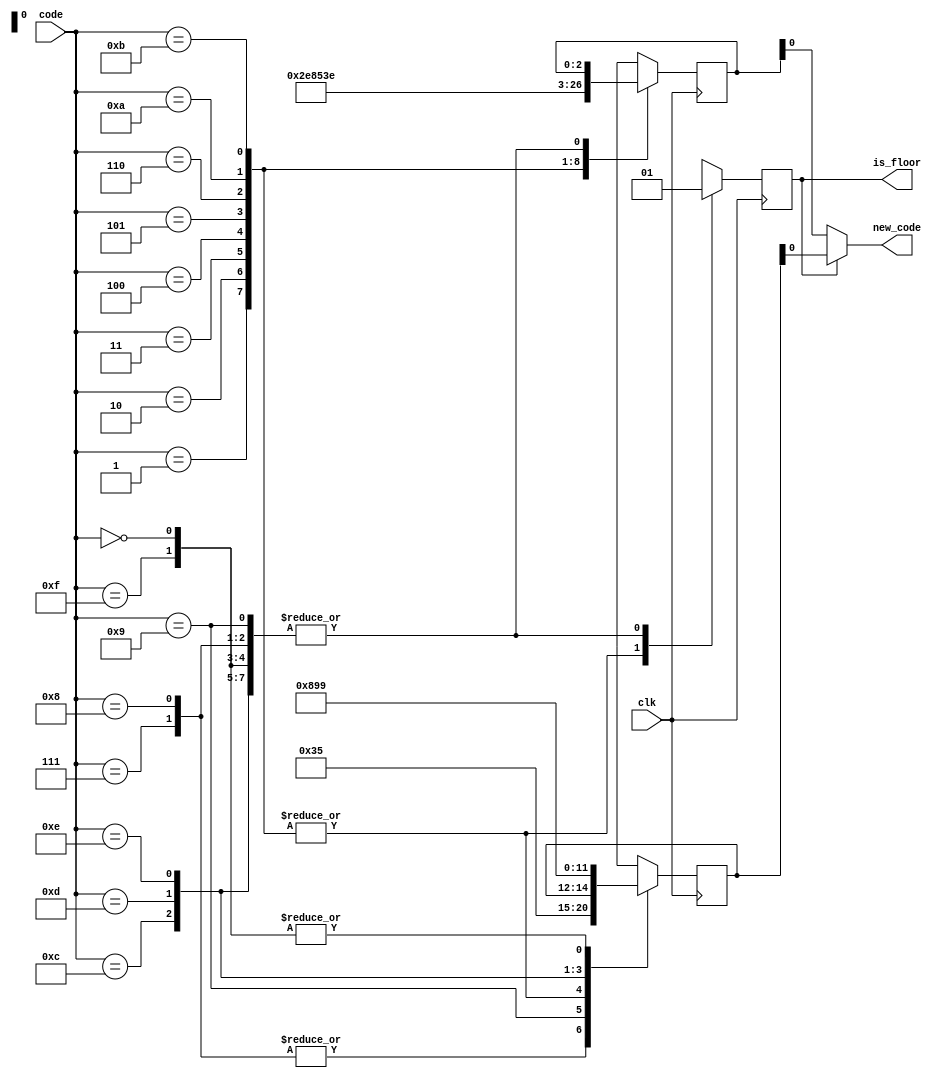
`timescale 1ns / 1ps
//////////////////////////////////////////////////////////////////////////////////
// Company: 
// Engineer: 
// 
// Design Name: 
// Module Name: code_translate
// Project Name: 
// Target Devices: 
// Tool Versions: 
// Description: 
// 
// Dependencies: 
// 
// Revision:
// Revision 0.01 - File Created
// Additional Comments:
// 
//////////////////////////////////////////////////////////////////////////////////


module code_translate(
    input clk,
    input[3:0] code,
    output new_code,
    output is_floor  // Flag to show if it is a floor dir
    );
    reg [2:0] floor_req;  // floor(2bit) + up/down(1bit)
    reg [2:0] elevr_req;  // flor(2bit) + ascensor 1bit
    reg flr_req = 1'b0;  // 1 si es una floor request, 0 si es elevator dir
    
    always @(posedge clk) begin
    case(code)
    4'b0000: begin
    floor_req = 3'b001;
    flr_req = 1'b1;
    end
    4'b0001: begin
    elevr_req = 3'b001;
    flr_req = 1'b0;
    end
    4'b0010: begin
    elevr_req = 3'b011;
    flr_req = 1'b0;
    end
    4'b0011: begin
    elevr_req = 3'b101;
    flr_req = 1'b0;
    end
    4'b0100: begin
    elevr_req = 3'b000;
    flr_req = 1'b0;
    end
    4'b0101: begin
    elevr_req = 3'b010;
    flr_req = 1'b0;
    end
    4'b0110: begin
    elevr_req = 3'b100;
    flr_req = 1'b0;
    end
    4'b0111: begin
    floor_req = 3'b110;
    flr_req = 1'b1;
    end
    4'b1000: begin
    floor_req = 3'b110;
    flr_req = 1'b1;
    end
    4'b1001: begin
    floor_req = 3'b101;
    flr_req = 1'b1;
    end
    4'b1010: begin
    elevr_req = 3'b111;
    flr_req = 1'b0;
    end
    4'b1011: begin
    elevr_req = 3'b110;
    flr_req = 1'b0;
    end
    4'b1100: begin
    floor_req = 3'b100;
    flr_req = 1'b1;
    end
    4'b1101: begin
    floor_req = 3'b010;
    flr_req = 1'b1;
    end
    4'b1110: begin
    floor_req = 3'b011;
    flr_req = 1'b1;
    end
    4'b1111: begin
    floor_req = 3'b001;
    flr_req = 1'b1;
    end    
    endcase
    end
    assign is_floor = flr_req;
    assign new_code = (flr_req == 1'b1)? floor_req: elevr_req;
endmodule